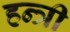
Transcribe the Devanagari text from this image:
हन्त्री